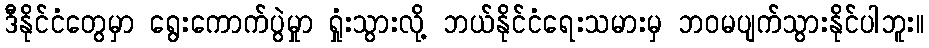
ဒီနိုင်ငံတွေမှာ ရွေးကောက်ပွဲမှုာ ရှုံးသွားလို့ ဘယ်နိုင်ငံရေးသမားမှ ဘဝမပျက်သွားနိုင်ပါဘူး။